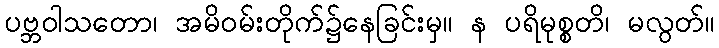
ပဗ္ဘဝါသတော၊ အမိဝမ်းတိုက်၌နေခြင်းမှ။ န ပရိမုစ္စတိ၊ မလွတ်။